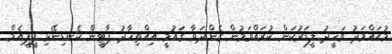
މުޙައްމަދު ވަހީދު ލީޑަރުކަން ކުރައްވަމުން ގެންދަވާ ޤައުމީ އިއްތިހާދު ޕާޓީން ކެނޑިނޭޅި ޕީޕީއެމް